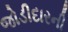
જોડીદારની